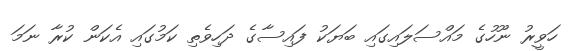
ހަވީރު ނޫހުގެ މައްސަލައިގައި ބަޔަކު ފައިސާގެ ދަހިވެތި ކަމުގައި އެކަން ކުރާ ނަމަ